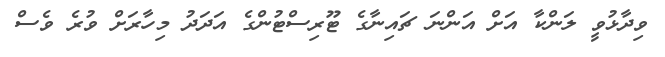
ވިދާޅުވީ ލަންކާ އަށް އަންނަ ޗައިނާގެ ޓޫރިސްޓުންގެ އަދަދު މިހާރަށް ވުރެ ވެސް